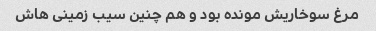
مرغ سوخاریش مونده بود و هم چنین سیب زمینی هاش